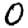
Digit: 0